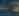
-